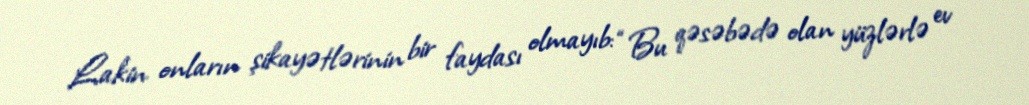
Lakin onların şikayətlərinin bir faydası olmayıb: “Bu qəsəbədə olan yüzlərlə ev